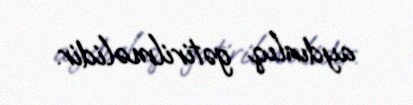
aydınlıq gətirilməlidir.